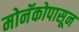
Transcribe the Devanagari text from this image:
मोनॅकोपासून